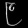
Digit: ၉